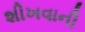
શીખવાની